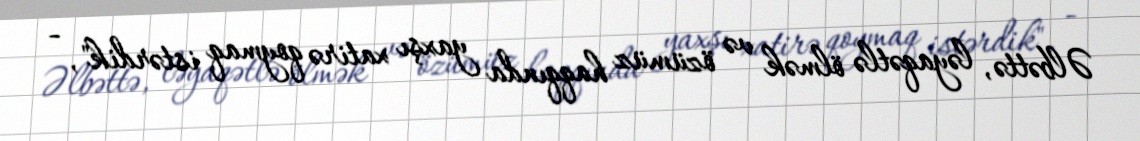
Əlbəttə, ləyaqətlə ölmək və özümüz haqqında yaxşı xatirə qoymaq istərdik", -